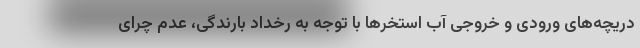
دریچه‌های ورودی و خروجی آب استخرها با توجه به رخداد بارندگی، عدم چرای